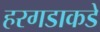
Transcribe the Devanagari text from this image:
हरगडाकडे